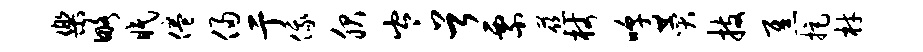
乐略眠倦侵亍俄服岑首票慈杖嗥赞技焦拒材